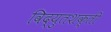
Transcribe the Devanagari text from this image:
विद्युतशक्ती